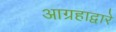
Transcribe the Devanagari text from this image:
आग्रहाद्वारे